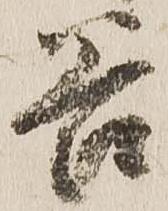
谷